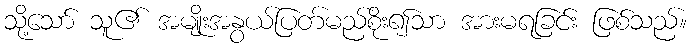
သို့သော် သူ၏ အမျိုးအနွယ်ပြတ်မည်စိုး၍သာ အားမရခြင်း ဖြစ်သည်။